Report on lock hospitals in British Burma
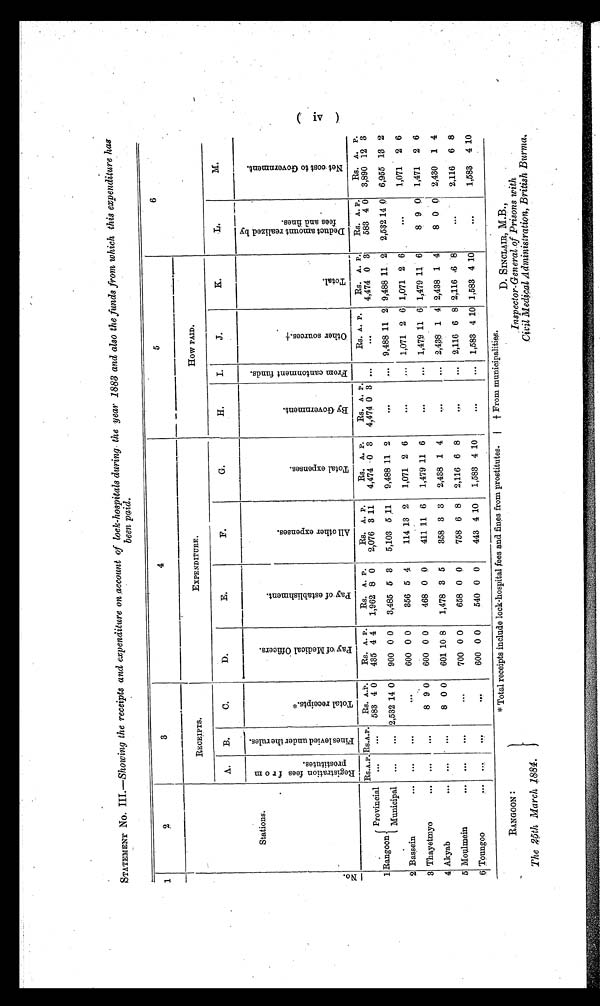
STATEMENT No. III.—Showing the receipts and expenditure on account of lock-hospitals during the year 1883 and also the funds from which this expenditure has
been paid.
-
1
2
3
4
5
6
N o .
Stations.
RECEIPTS.
EXPENDITURE.
How PAID.
A.
B.
C.
D.
E.
F.
G.
H.
I.
J.
K.
L.
M.
R e g i s t r a t i o n f e e s f r o m p r o s t i t u t e s .
F i n e s l e v i e d u n d e r t h e r u l e s .
T o t a l r e c i e p t s . *
P a y o f M e d i c a l O f f i c e r s .
P a y o f e s t a b l i s h m e n t .
A l l o t h e r e x p e n s e s
.
T o t a l e x p e n s e s .
B y G o v e r n m e n t .
F r o m c a n t o n m e n t f u n d s .
O t h e r s o u r c e s . †
T o t a l .
D e d u c t a m u n t r e a l i z e d b y f e e s a n d f i n e s
N e t c o s t t o G o v e r n m e n t .
1
Provincial
Rangoon
Municipal
RS.A.P. RS.A.P.
Rs. A.P.
Rs. A. P.
Rs. A. P.
Rs. A. P.
Rs. A. P.
Rs. A. P.
RS. A. P.
RS. A. P.
RS. A. P.
RS. A. P.
...
...
583 4 0
435 4 4
1,962 8 0
2,076 3 11
4,474 0 3 4,474 0 3 ...
...
4,474 0 3
583 4 0 3,890 12 3
...
... 2,532 14 0
900 0 0
3,485 5 3
5,103 5 . 11
9,488 11 2
. . .
9,488 11 2 9,488 11 2 2,53214 0 6,955
1 3 2
2 Bassein
. . .
. . .
...
600 0 0
356 5 4
114 13 2
1,071 2 6
1,071 2 6 1,071 2 6
1,071 2 6
8 Thayetmyo
. . .
. . .
...
8 9 0
600 0 0
468 0 0
411 11 6
1,479 11 6
... 1,47,9 11 6 1,479 11 6
8 9 0 1,471 2 6
4 Akyab
. . .
...
...
8 0 0
601 10 8
1,478 3 5
358 3 3
2,438 1 4
. . .
... 2,438 1 4 2,438 1 4
8 0 0 2,430 1 4
5 Moulmein
. . .
. . .
...
. . .
700 0 0
658 0 0
758 6 8
2,116 6 8
. . .
... 2,116 6 8 2,116 6 8
2,116 6 8
6 Toungoo
...
...
. . .
600 0 0
540 0 0
443 4 10
1,583 4 10
. . .
... 1,583 4 10 1,583 4 10
...
1,583 4 10
(IV)
RANGOON
The 25th March 1884.
* Total receipts include lock-hospital fees and fines from prostitutes.| † From municipalities.
D. SINCLAIR, M.B.,
Inspector-General. of Prisons with
Medical Administration, British Burma.